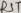
Text: RST